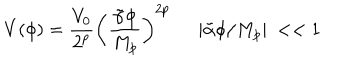
V ( \phi ) = { \frac { V _ { 0 } } { 2 ^ { p } } } \left( \frac { \tilde { \alpha } \phi } { M _ { p } } \right) ^ { 2 p } | \tilde { \alpha } \phi / M _ { p } | ~ < < 1